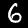
Digit: 6